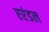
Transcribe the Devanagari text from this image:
एरंडल